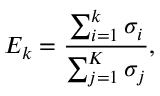
E _ { k } = \frac { \sum _ { i = 1 } ^ { k } \sigma _ { i } } { \sum _ { j = 1 } ^ { K } \sigma _ { j } } ,